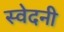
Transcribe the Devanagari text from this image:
स्वेदनी